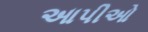
આપીઓ